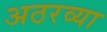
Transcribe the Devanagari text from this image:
अठरव्या